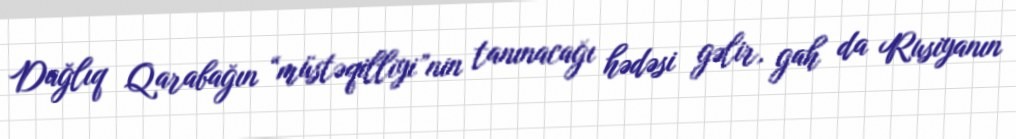
Dağlıq Qarabağın “müstəqilliyi”nin tanınacağı hədəsi gəlir, gah da Rusiyanın